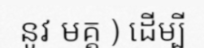
នូវ មគ្គ ) ដើម្បី